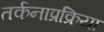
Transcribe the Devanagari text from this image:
तर्कनाप्रक्रिया